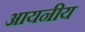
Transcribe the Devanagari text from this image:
आयनीय